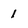
Character: 1